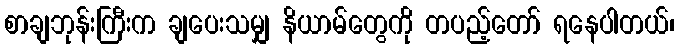
စာချဘုန်းကြီးက ချပေးသမျှ နိယာမ်တွေကို တပည့်တော် ရနေပါတယ်၊